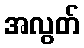
အလွတ်